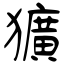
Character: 獷